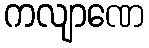
ကလျာဏေ